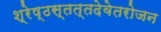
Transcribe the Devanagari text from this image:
श्रेष्ठस्तत्तदेवेतरोजन